Lunatic asylums in Bengal annual reports 1899-1911 - 1899-1911
Year: 1899
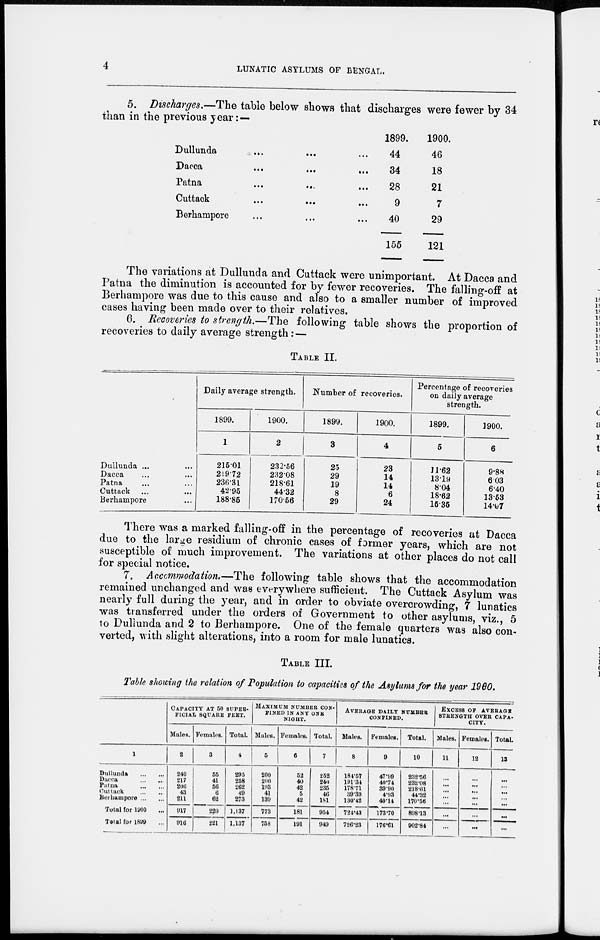
4
LUNATIC ASYLUMS OF BENGAL.
5. Discharges.—The table below shows that discharges were fewer by 34
than in the previous year: —
Dullunda ... ... ...
Dacca ... ... ...
Patna ... ... ...
Cuttack ... ... ...
Berhampore ... ... ...
1899.
44
34
28
9
40
155
1900.
46
18
21
7
29
121
The variations at Dullunda and Cuttack were unimportant. At Dacca and
Patna the diminution is accounted for by fewer recoveries. The falling-off at
Berhampore was due to this cause and also to a smaller number of improved
cases having been made over to their relatives.
6. Recoveries to strength.—The following table shows the proportion of
recoveries to daily average strength: —
TABLE II.
Dullunda ... ...
Dacca ... ...
Patna ... ...
Cuttack ... ...
Berhampore ...
Daily average strength.
1899.
1
215.01
219.72
236.31
42.95
188.85
1900.
2
232.56
232.08
218.61
44.32
170.56
Number of recoveries.
1899.
3
25
29
19
8
29
1900.
4
23
14
14
6
24
Percentage of recoveries
on daily average
strength.
1899.
5
11.62
13.19
8.04
18.62
15.35
1900.
6
9.88
6.03
6.40
13.53
14.07
There was a marked falling-off in the percentage of recoveries at Dacca
due to the large residium of chronic cases of former years, which are not
susceptible of much improvement. The variations at other places do not call
for special notice.
7. Accommodation.—The following table shows that the accommodation
remained unchanged and was everywhere sufficient. The Cuttack Asylum was
nearly full during the year, and in order to obviate overcrowding, 7 lunatics
was transferred under the orders of Government to other asylums, viz. 5
to Dullunda and 2 to Berhampore, One of the female quarters was also con-
verted, with slight alterations, into a room for male lunatics.
TABLE III.
Table showing the relation of Population to capacities of the Asylums for the year 1960,
1
Dullunda
...
...
Dacca
...
...
Putna
...
...
Cuttack
...
...
Berhampore ... ...
Total for 1900 ...
Total for 1899 ...
CAPACITY AT 50 SUPER-
FICIAL SQUARE FEET.
Males.
2
240
217
206
43
211
917
916
Females.
3
55
41
56
6
62
220
221
Total.
4
295
258
262
49
273
1,137
1,137
MAXIMUM NUMBER CON-
----- IN ANY ONE
NIGHT.
Males.
5
200
200
193
41
130
773
758
Females.
6
52
40
42
5
42
181
191
Total.
7
252
240
235
46
181
954
949
AVERAGE
DAILY
NUMBER
CONFINED.
Males.
8
184.57
191.34
178.71
39.39
130.42
724.43
726.23
Females.
9
47.99
40.74
39.90
4.93
40.14
173.70
176.61
Total.
10
232.56
232.08
218.61
44.32
170.56
898.13
902.84
EXCESS OF AVERAGE
STRENGTH OVER CAPA-
CITY.
Males.
11
...
...
...
...
...
...
...
Females.
12
...
...
...
...
...
...
...
Total.
13
...
...
...
...
...
...
...